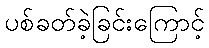
ပစ်ခတ်ခဲ့ခြင်းကြောင့်